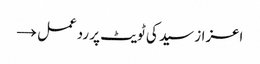
اعزاز سید کی ٹویٹ پر ردعمل →